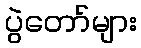
ပွဲတော်များ